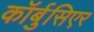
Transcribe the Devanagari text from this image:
कॉर्बुसिएर